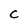
Character: C